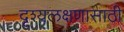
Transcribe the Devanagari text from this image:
दृश्यलक्षणासाठी